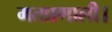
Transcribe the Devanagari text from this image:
मतप्रणाली।